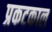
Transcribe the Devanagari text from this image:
प्रकटकाल